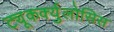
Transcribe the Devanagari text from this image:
ट्यूकर्क्युलोसिस